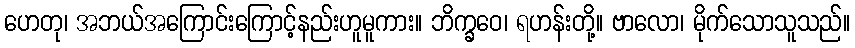
ဟေတု၊ အဘယ်အကြောင်းကြောင့်နည်းဟူမူကား။ ဘိက္ခဝေ၊ ရဟန်းတို့။ ဗာလော၊ မိုက်သောသူသည်။